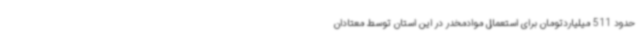
حدود 511 میلیاردتومان برای استعمال موادمخدر در این استان توسط معتادان